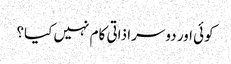
کوئی اور دوسرا ذاتی کام نہیں کیا؟